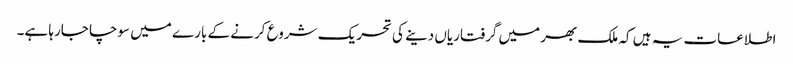
اطلاعات یہ ہیں کہ ملک بھر میں گرفتاریاں دینے کی تحریک شروع کرنے کے بارے میں سوچا جارہا ہے۔